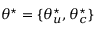
\theta ^ { \star } = \{ \theta _ { u } ^ { \star } , \theta _ { c } ^ { \star } \}